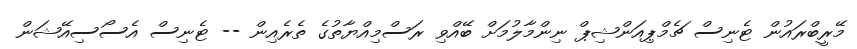
މޭރީބްރައުން ޓެނިސް ޗެމްޕިއަންޝިޕް ނިންމާލުމަށް ބޭއްވި ރަސްމިއްޔާތުގެ ތެރެއިން -- ޓެނިސް އެސޯސިއޭޝަން